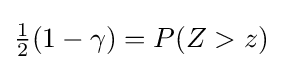
{\tfrac {1}{2}}(1-\gamma )=P(Z>z)